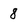
Character: 8